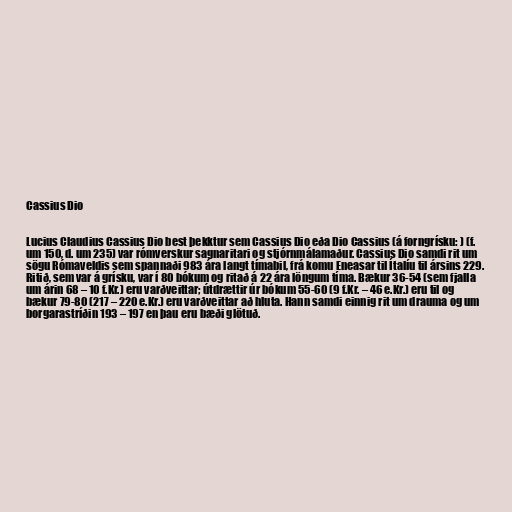
Cassius Dio

Lucius Claudius Cassius Dio best þekktur sem Cassius Dio eða Dio Cassius (á forngrísku: ) (f.
um 150, d. um 235) var rómverskur sagnaritari og stjórnmálamaður. Cassius Dio samdi rit um
sögu Rómaveldis sem spannaði 983 ára langt tímabil, frá komu Eneasar til Ítalíu til ársins 229.
Ritið, sem var á grísku, var í 80 bókum og ritað á 22 ára löngum tíma. Bækur 36-54 (sem fjalla
um árin 68 – 10 f.Kr.) eru varðveittar; útdrættir úr bókum 55-60 (9 f.Kr. – 46 e.Kr.) eru til og
bækur 79-80 (217 – 220 e.Kr.) eru varðveittar að hluta. Hann samdi einnig rit um drauma og um
borgarastríðin 193 – 197 en þau eru bæði glötuð.